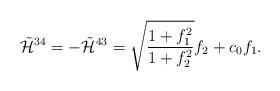
LaTeX: \begin{align*}\tilde{{\cal H}}^{34}=-\tilde{{\cal H}}^{43}= \sqrt{\frac{1+f_1^2}{1+f_2^2}}f_2 + c_0 f_1. \end{align*}